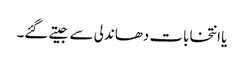
یا انتخابات دھاندلی سے جیتے گئے۔